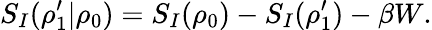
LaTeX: S_{I}(\rho_{1}^{\prime}|\rho_{0})=S_{I}(\rho_{0})-S_{I}(\rho_{1}^{\prime})-\beta W.